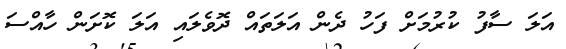
އަލަ ސާފު ކުރުމަށް ފަހު ދެން އަލަތައް ދޮވެލައި އަލަ ކޮށަން ހާއްސަ